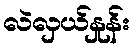
လဲလှယ်နှုန်း